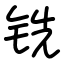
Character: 铣